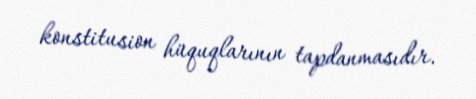
konstitusion hüquqlarının tapdanmasıdır.